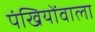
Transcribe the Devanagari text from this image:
पंखियोंवाला